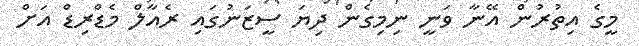
މީގެ އިތުރުން އޭނާ ވަނީ ނިމިގެން ދިޔަ ސީޒަނުގައި ރެއާލް މެޑްރިޑް އަށް